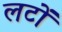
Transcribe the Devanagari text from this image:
लटों